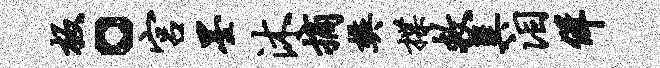
板。宫墨沐摘樊揲救巽泪佯